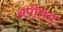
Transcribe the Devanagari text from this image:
अपीलय